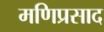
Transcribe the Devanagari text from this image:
मणिप्रसाद